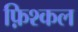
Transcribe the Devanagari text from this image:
फ़िश्कल